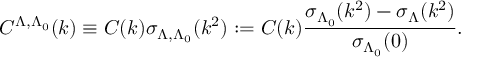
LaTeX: C ^ { \Lambda , \Lambda _ { 0 } } ( k ) \equiv C ( k ) \sigma _ { \Lambda , \Lambda _ { 0 } } ( k ^ { 2 } ) : = C ( k ) \frac { \sigma _ { \Lambda _ { 0 } } ( k ^ { 2 } ) - \sigma _ { \Lambda } ( k ^ { 2 } ) } { \sigma _ { \Lambda _ { 0 } } ( 0 ) } .